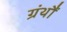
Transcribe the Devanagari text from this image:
ग्रंथौं